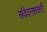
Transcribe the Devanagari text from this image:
संवेदनशक्ती